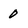
Character: 0